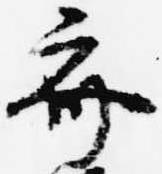
斎